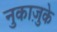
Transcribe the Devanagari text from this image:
नुकाज़ुके